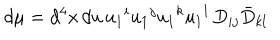
d \mu = d ^ { 4 } x \, d u \, u _ { 1 } { } ^ { i } u _ { 1 } { } ^ { j } u _ { 1 } { } ^ { k } u _ { 1 } { } ^ { l } \, D _ { i j } \bar { D } _ { k l }